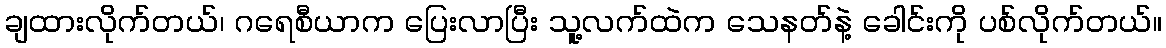
ချထားလိုက်တယ်၊ ဂရေစီယာက ပြေးလာပြီး သူ့လက်ထဲက သေနတ်နဲ့ ခေါင်းကို ပစ်လိုက်တယ်။